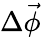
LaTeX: \Delta\vec{\phi}